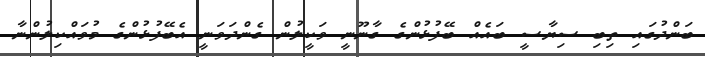
ބަންދުގައި ތިބި ސިޔާސީ ބައެއް ބޭފުޅުންގެ ގާނޫނީ ވަކީލުން ގެންދަވަނީ އެބޭފުޅުންގެ މުވައްކިލުންނާ